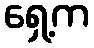
ရှေ့က